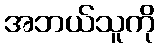
အဘယ်သူကို